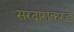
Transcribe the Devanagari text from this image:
सरदाराकरडे